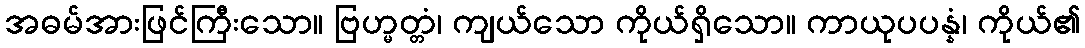
အဓမ်အားဖြင်ကြီးသော။ ဗြဟ္မတ္တံ၊ ကျယ်သော ကိုယ်ရှိသော။ ကာယုပပန္နံ၊ ကိုယ်၏